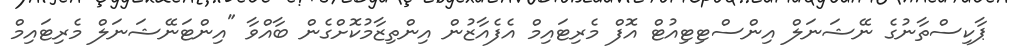
ޕާކިސްތާނުގެ ނޭޝަނަލް އިންސްޓިޓިއުޓް އޮފް މެރިޓައިމްް އެފެއާޒުން އިންތިޒާމުކޮށްގެން ބާއްވާ "އިންޓަނޭޝަނަލް މެރިޓައިމް